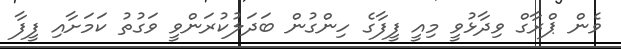
ވެން ޕްރާގް ވިދާޅުވީ މިއީ ފީފާގެ ހިންގުން ބަދަލުކުރަންވީ ވަގުތު ކަމަށާއި ފީފާ